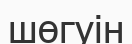
шөгуін